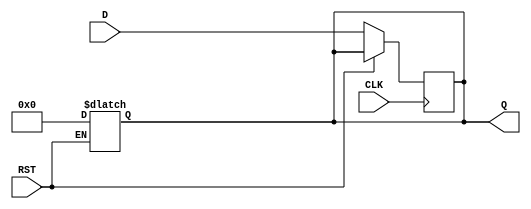
module OutputRegister #(
    parameter WIDTH = 8  // Parameter to define the width of the register
)(
    input  wire [WIDTH-1:0] D,      // Data input
    input  wire CLK,                  // Clock input
    input  wire RST,                  // Reset input
    output reg  [WIDTH-1:0] Q         // Data output
);

// Asynchronous Reset
always @(*) begin
    if (RST) begin
        Q <= {WIDTH{1'b0}}; // Clear output to zero
    end
end

// Synchronous operation on clock edge
always @(posedge CLK) begin
    if (!RST) begin
        Q <= D; // Capture data on rising edge of clock
    end
end

endmodule